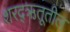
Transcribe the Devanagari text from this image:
शरद्‌ऋतूतील